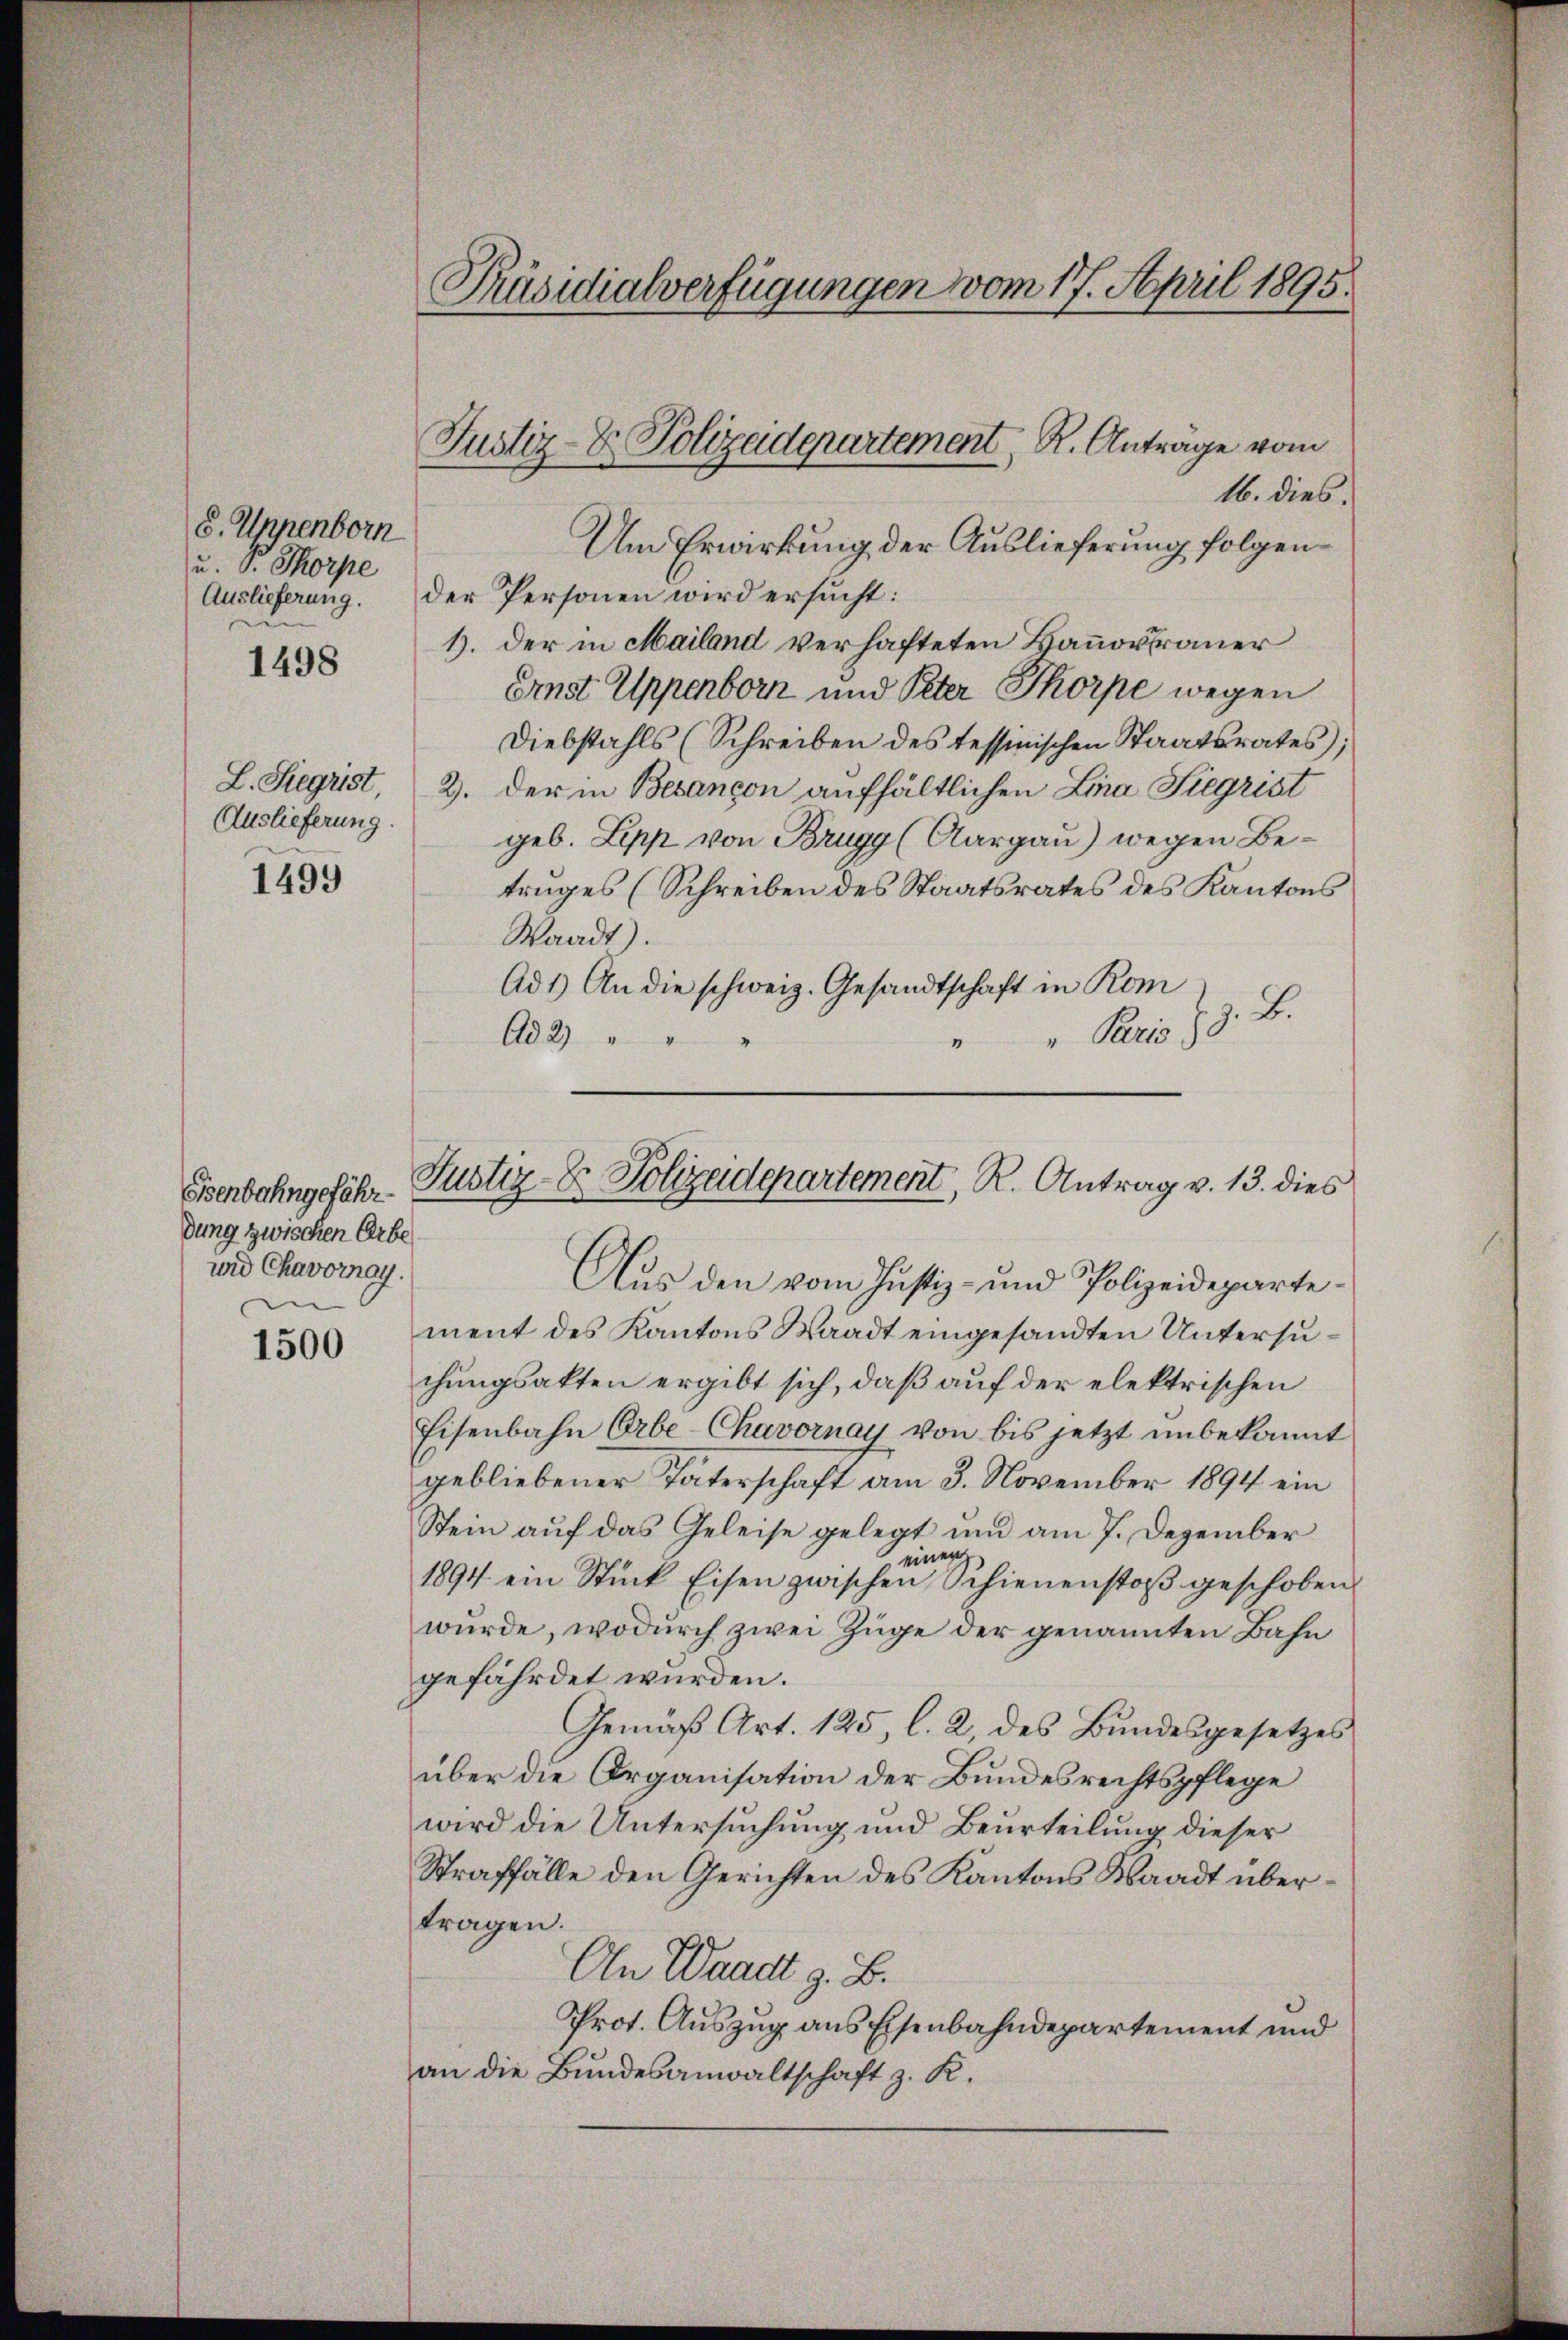
8. Ungenborn
u. Dr. Thorpe
Auslieferung.

1498

L. Siegrist
Auslieferung.

1499

Eisenbahngefährdung zwischen Erbe
und Chavorray.

1500

Präsidialverfügungen vom 17. April 1895.

Justiz- & Polizeidepartement, R. Antrage vom

16. dies.
Um Erwirkung der Auslieferung folgender Personen wird ersucht:
1). Der in Mailand verhafteten Hannorfrauer
Ernst Appenborn und Peter Thorpe wegen
Diebstahls (Schreiben des tessinischen Staatsrates;
2. der in Besançon aufhältlichen Lina Siegrist
geb. Lipp von Brugg (Aargau) wegen Betruges (Schreiben des Staatsrates des Kantons
Waadt).
Ad 1) An die schweiz. Gesandtschaft in Rom
3. 2
Ad 2)
" Paris
“

Justiz- & Polizeidepartement, R. Antrag v. 13. dies

Aus den vom Justiz- und Polizeidepartement des Kantons Waadt eingesandten Untersuchungsakten ergibt sich, daß auf der elektrischen
Eisenbahn Erbe-Chavornay von bis jetzt unbekannt
gebliebener Täterschaft am 3. November 1894 ein
Stein auf das Geleise gelegt und am 7. Dezember
einen
1894 ein Stück Eisen zwischen Schienenstoß geschoben
wurde, wodurch zwei Züge der genannten Bahn
gefährdet wurden.
Gemäβ Art. 125, l. 2, des Bundesgesetzes
über die Organisation der Bundesrechtspflege
wird die Untersuchung und Beurteilung dieser
Straffälle den Gerichten des Kantons Waadt übertragen.
An Waadt z. B.
Prot. Auszug aus Eisenbahndepartement und
an die Bundesanwaltschaft z. K.